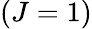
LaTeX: (J=1)